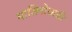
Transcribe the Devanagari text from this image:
मालिनोव्सकी